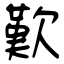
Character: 歎